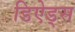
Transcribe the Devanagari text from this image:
डिऐड्स